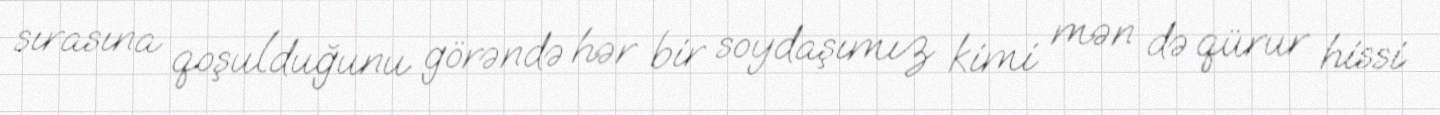
sırasına qoşulduğunu görəndə hər bir soydaşımız kimi mən də qürur hissi